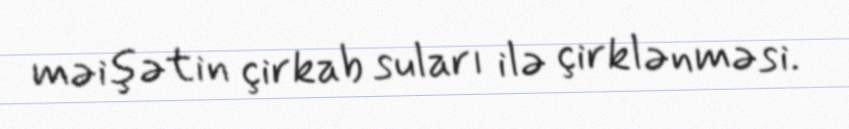
məişətin çirkab suları ilə çirklənməsi.